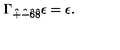
\Gamma _ { \hat { + } \hat { - } \hat { 6 } \hat { 8 } } \epsilon = \epsilon .